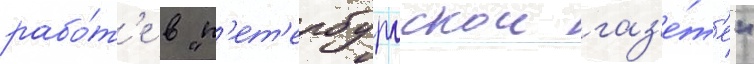
рабо́т'е в "п'ет'ербургскои газ'е́т'е"